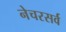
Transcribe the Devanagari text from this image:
नेचरसर्व